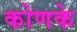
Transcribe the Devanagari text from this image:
कोणके